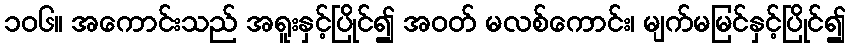
၁၀၆။ အကောင်းသည် အရူးနှင့်ပြိုင်၍ အဝတ် မလစ်ကောင်း၊ မျက်မမြင်နှင့်ပြိုင်၍